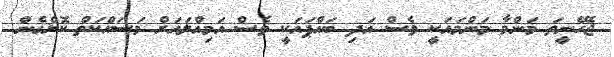
ޖެހޭނީތަ މަންމާ މަންމައަކީ ވެސް އަދި ބައްޕައަކީ ވެސް އަމިއްލައަށް މަސައްކަތް ކޮށްގެން